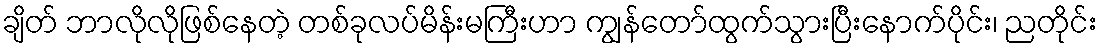
ချိတ် ဘာလိုလိုဖြစ်နေတဲ့ တစ်ခုလပ်မိန်းမကြီးဟာ ကျွန်တော်ထွက်သွားပြီးနောက်ပိုင်း၊ ညတိုင်း